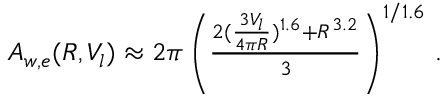
\begin{array} { r } { A _ { w , e } ( R , V _ { l } ) \approx 2 \pi \left( \frac { 2 ( \frac { 3 V _ { l } } { 4 \pi R } ) ^ { 1 . 6 } + R ^ { 3 . 2 } } { 3 } \right) ^ { 1 / 1 . 6 } \, . } \end{array}